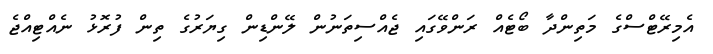
އެމިރޭޓްސްގެ މަތިންދާ ބޯޓެއް ރަންވޭގައި ޖެއްސިތަނުން ލޭންޑިން ގިޔަރުގެ ތިން ފުރޮޅު ނެއްޓިއްޖެ